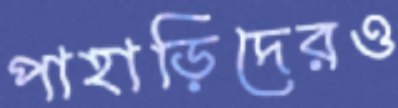
পাহাড়িদেরও